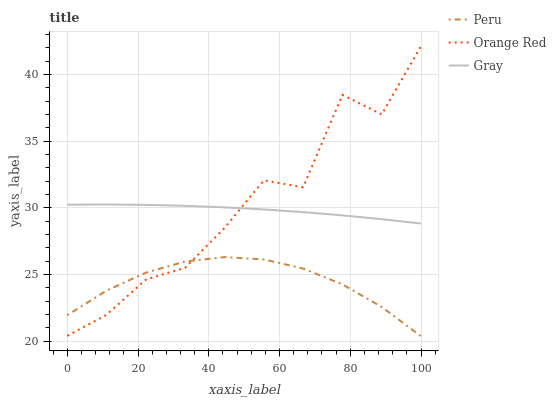
| xaxis_label | Peru | Orange Red | Gray |
 | --- | --- | --- | --- |
 | 0 | 21.9 | 20.4 | 30.2 |
 | 11.1 | 23.8 | 22 | 30.2 |
 | 22.2 | 25.1 | 24.6 | 30.2 |
 | 33.3 | 26 | 25.5 | 30.2 |
 | 44.4 | 26.3 | 28.5 | 30 |
 | 55.6 | 26.1 | 32.1 | 29.9 |
 | 66.7 | 25.4 | 31.5 | 29.7 |
 | 77.8 | 24.3 | 38.5 | 29.4 |
 | 88.9 | 22.6 | 37 | 29.1 |
 | 100 | 20.4 | 42.1 | 28.8 |